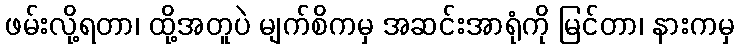
ဖမ်းလို့ရတာ၊ ထို့အတူပဲ မျက်စိကမှ အဆင်းအာရုံကို မြင်တာ၊ နားကမှ